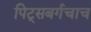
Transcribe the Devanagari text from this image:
पिट्सबर्गचाच